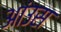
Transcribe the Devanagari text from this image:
आंउस